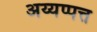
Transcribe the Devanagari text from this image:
अय्यप्पत्त